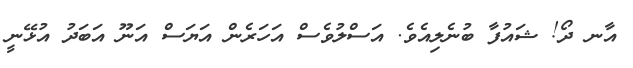
އާނ ދޯ! ޝައުފާ ބުނެލިއެވެ. އަސްލުވެސް އަހަރެން އަޔަސް އަނޫ އަބަދު އުޅޭނީ